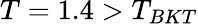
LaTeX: T=1.4>T_{BKT}